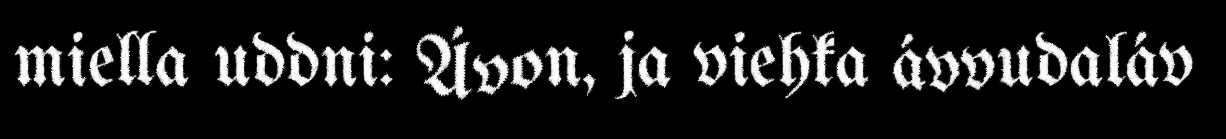
miella uddni: Ávon, ja viehka ávvudaláv